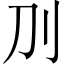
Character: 𠚥